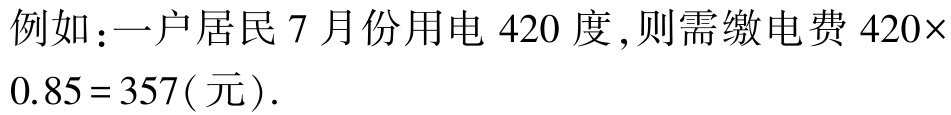
例如：一户居民 7 月份用电 420 度,则需缴电费 \(420\times0.85 = 357(\text{元})\).